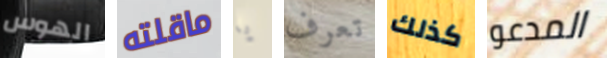
الهوس ماقلته يا تعرف كذلك المدعو